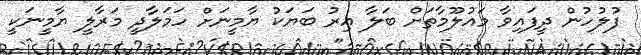
ފުލުހުން ދީފައިވާ މައުލޫމާތަށް ބަލާ އިރު ބަޔަކު ޔާމީނަށް ހަމަލާދީ މަރާލީ ޔާމީނަކީ